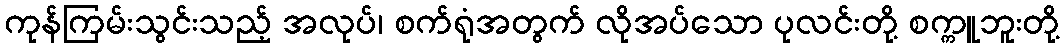
ကုန်ကြမ်းသွင်းသည့် အလုပ်၊ စက်ရုံအတွက် လိုအပ်သော ပုလင်းတို့ စက္ကူဘူးတို့